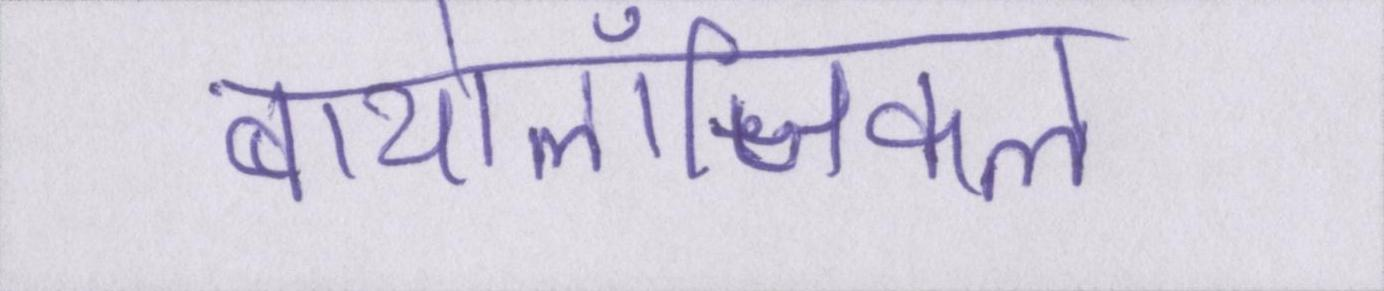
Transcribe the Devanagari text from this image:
बायोलॉजिकल